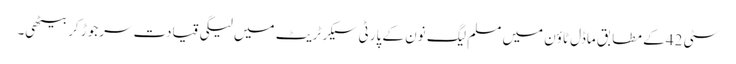
سٹی 42 کے مطابق ماڈل ٹاؤن میں مسلم لیگ نون کے پارٹی سیکرٹریٹ میں لیگی قیادت سرجوڑ کر بیٹھی۔